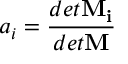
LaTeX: a _ { i } = \frac { d e t \mathbf { M _ { i } } } { d e t \mathbf { M } }